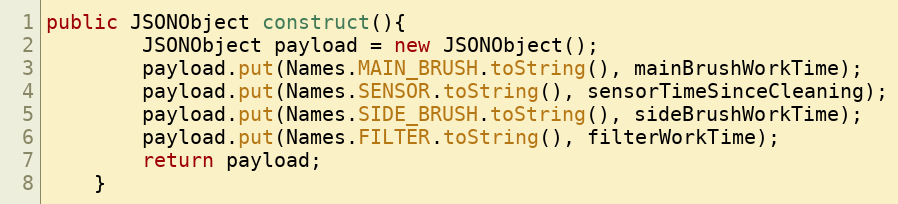
Language: Java
public JSONObject construct(){
        JSONObject payload = new JSONObject();
        payload.put(Names.MAIN_BRUSH.toString(), mainBrushWorkTime);
        payload.put(Names.SENSOR.toString(), sensorTimeSinceCleaning);
        payload.put(Names.SIDE_BRUSH.toString(), sideBrushWorkTime);
        payload.put(Names.FILTER.toString(), filterWorkTime);
        return payload;
    }